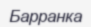
Барранка